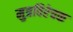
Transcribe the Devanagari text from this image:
मुत्रविरेचक